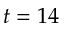
t = 1 4